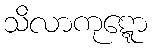
သိလာကုဋ္ဋော